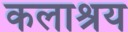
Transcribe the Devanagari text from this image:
कलाश्रय